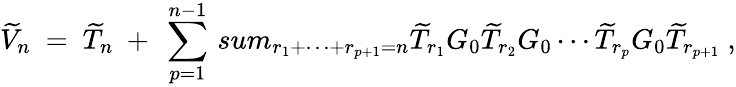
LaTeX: \widetilde V_{n}\ =\ \widetilde T_{n}\ +\ \sum_{p=1}^{n-1}\, sum_{r_{1}+\cdots+r_{p+1}=n}\widetilde T_{r_{1}}G_{0}\widetilde T_{r_{2}}G_{0}\cdots\widetilde T_{r_{p}}G_{0}\widetilde T_{r_{p+1}}\ ,